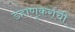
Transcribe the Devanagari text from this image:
डहाणूकरांची